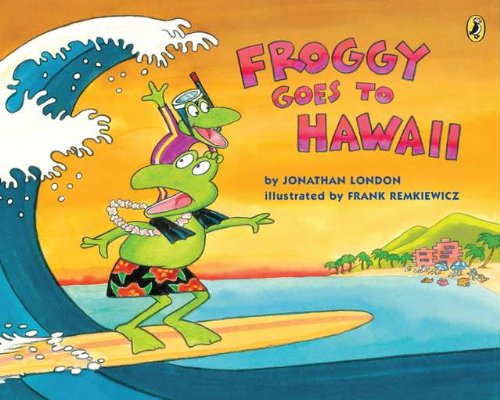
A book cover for Froggy Goes to Hawaii; Jonathan London; Children's Books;